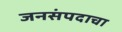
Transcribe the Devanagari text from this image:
जनसंपदाचा